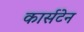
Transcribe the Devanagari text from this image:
कार्सटेन